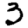
Digit: 3